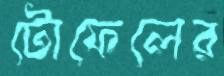
টোফেলের